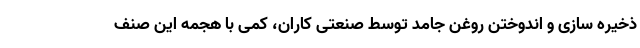
ذخیره سازی و اندوختن روغن جامد توسط صنعتی کاران، کمی با هجمه این صنف